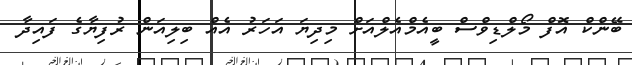
ބޭންކް އޮފް މޯލްޑިވްސް ބީއެމްއެލްއަށް މިދިޔަ އަހަރު އެއް ބިލިއަން ރުފިޔާގެ ފައިދާ